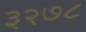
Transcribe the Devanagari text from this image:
३२७८